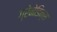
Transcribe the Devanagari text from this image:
ग्रेनेडिन्स